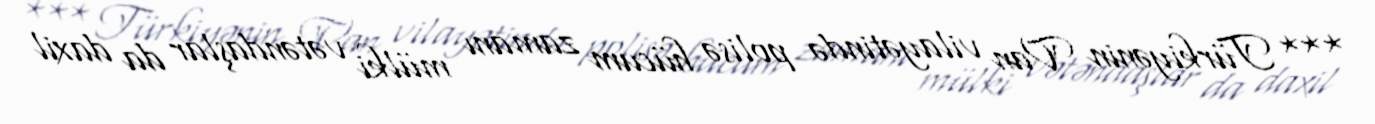
*** Türkiyənin Van vilayətində polisə hücum zamanı mülki vətəndaşlar da daxil